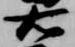
右